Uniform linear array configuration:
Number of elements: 64
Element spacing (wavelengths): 0.75
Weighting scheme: exponential
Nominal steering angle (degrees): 30
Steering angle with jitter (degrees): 31.525
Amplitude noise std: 0.05
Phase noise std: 0.05

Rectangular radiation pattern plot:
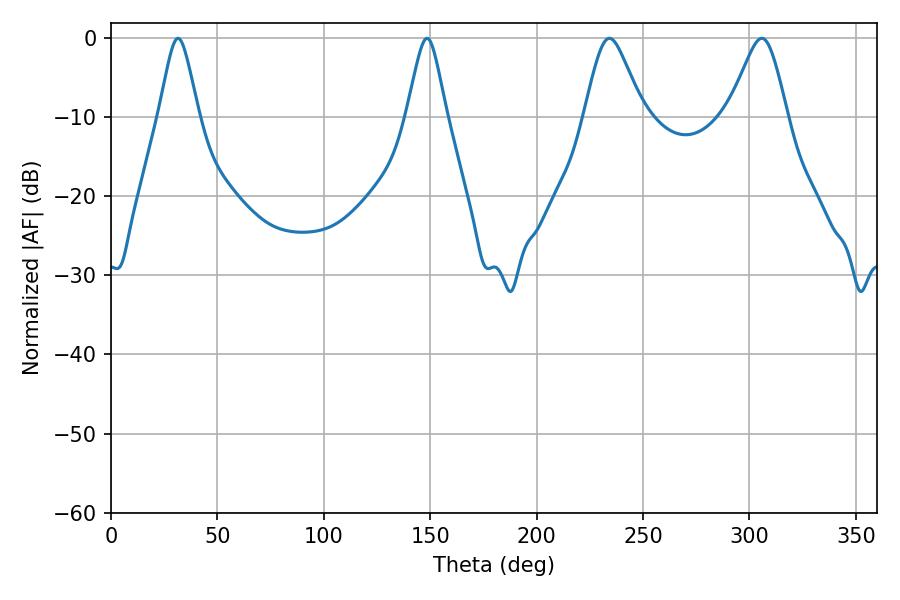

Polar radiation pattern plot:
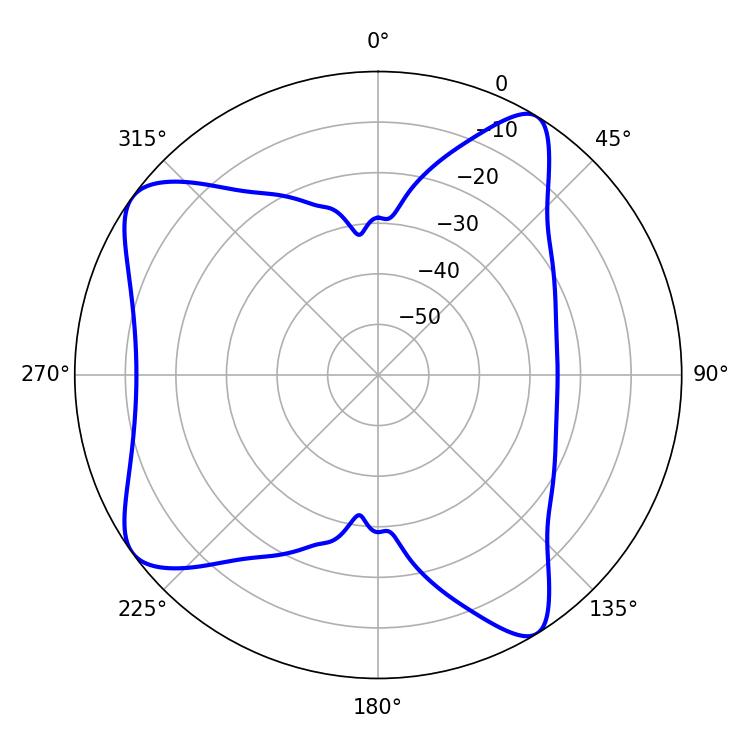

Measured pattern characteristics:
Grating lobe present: TRUE
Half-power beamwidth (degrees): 13.5
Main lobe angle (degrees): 234.18